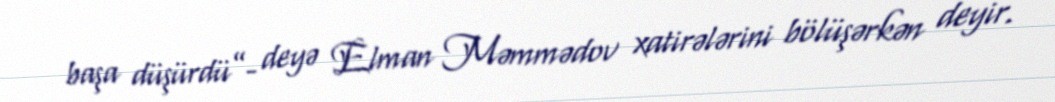
başa düşürdü”- deyə Elman Məmmədov xatirələrini bölüşərkən deyir.